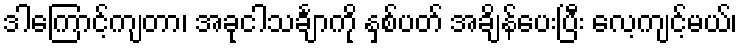
ဒါကြောင့်ကျတာ၊ အခုငါသင်္ချာကို နှစ်ပတ် အချိန်ပေးပြီး လေ့ကျင့်မယ်၊